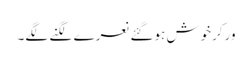
ورکرخوش ہوگئے نعرے لگنے لگے۔